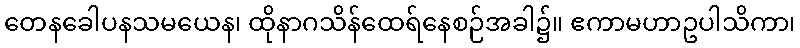
တေနခေါပနသမယေန၊ ထိုနာဂသိန်ထေရ်နေစဉ်အခါ၌။ ဧကာမဟာဥပါသိကာ၊